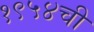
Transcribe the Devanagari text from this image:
१९५४ची